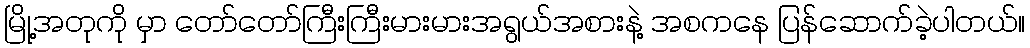
မြို့အတုကို မှာ တော်တော်ကြီးကြီးမားမားအရွယ်အစားနဲ့ အစကနေ ပြန်ဆောက်ခဲ့ပါတယ်။